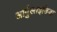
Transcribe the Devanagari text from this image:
आर्गुलाइडिया